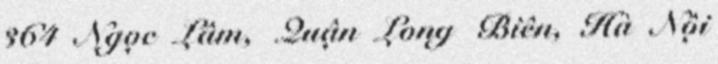
364 Ngọc Lâm, Quận Long Biên, Hà Nội